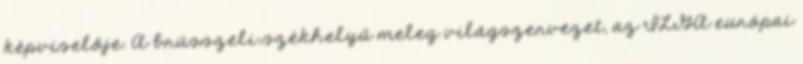
képviselője. A brüsszeli székhelyű meleg világszervezet, az ILGA európai